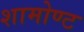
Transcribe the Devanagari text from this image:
शामोण्ट